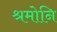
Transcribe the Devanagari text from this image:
श्रमोनि